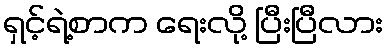
ရှင့်ရဲ့စာက ရေးလို့ ပြီးပြီလား